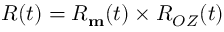
R ( t ) = R _ { \bf m } ( t ) \times R _ { O Z } ( t )